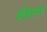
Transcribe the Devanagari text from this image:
डेव्हिसनने